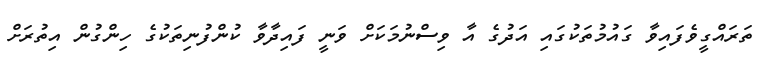
ތަރައްގީވެފައިވާ ގައުމުތަކުގައި އަދުގެ އާ ވިސްނުމަކަށް ވަނީ ފައިދާވާ ކުންފުނިތަކުގެ ހިންގުން އިތުރަށް